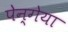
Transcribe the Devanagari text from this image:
पेन्गेया